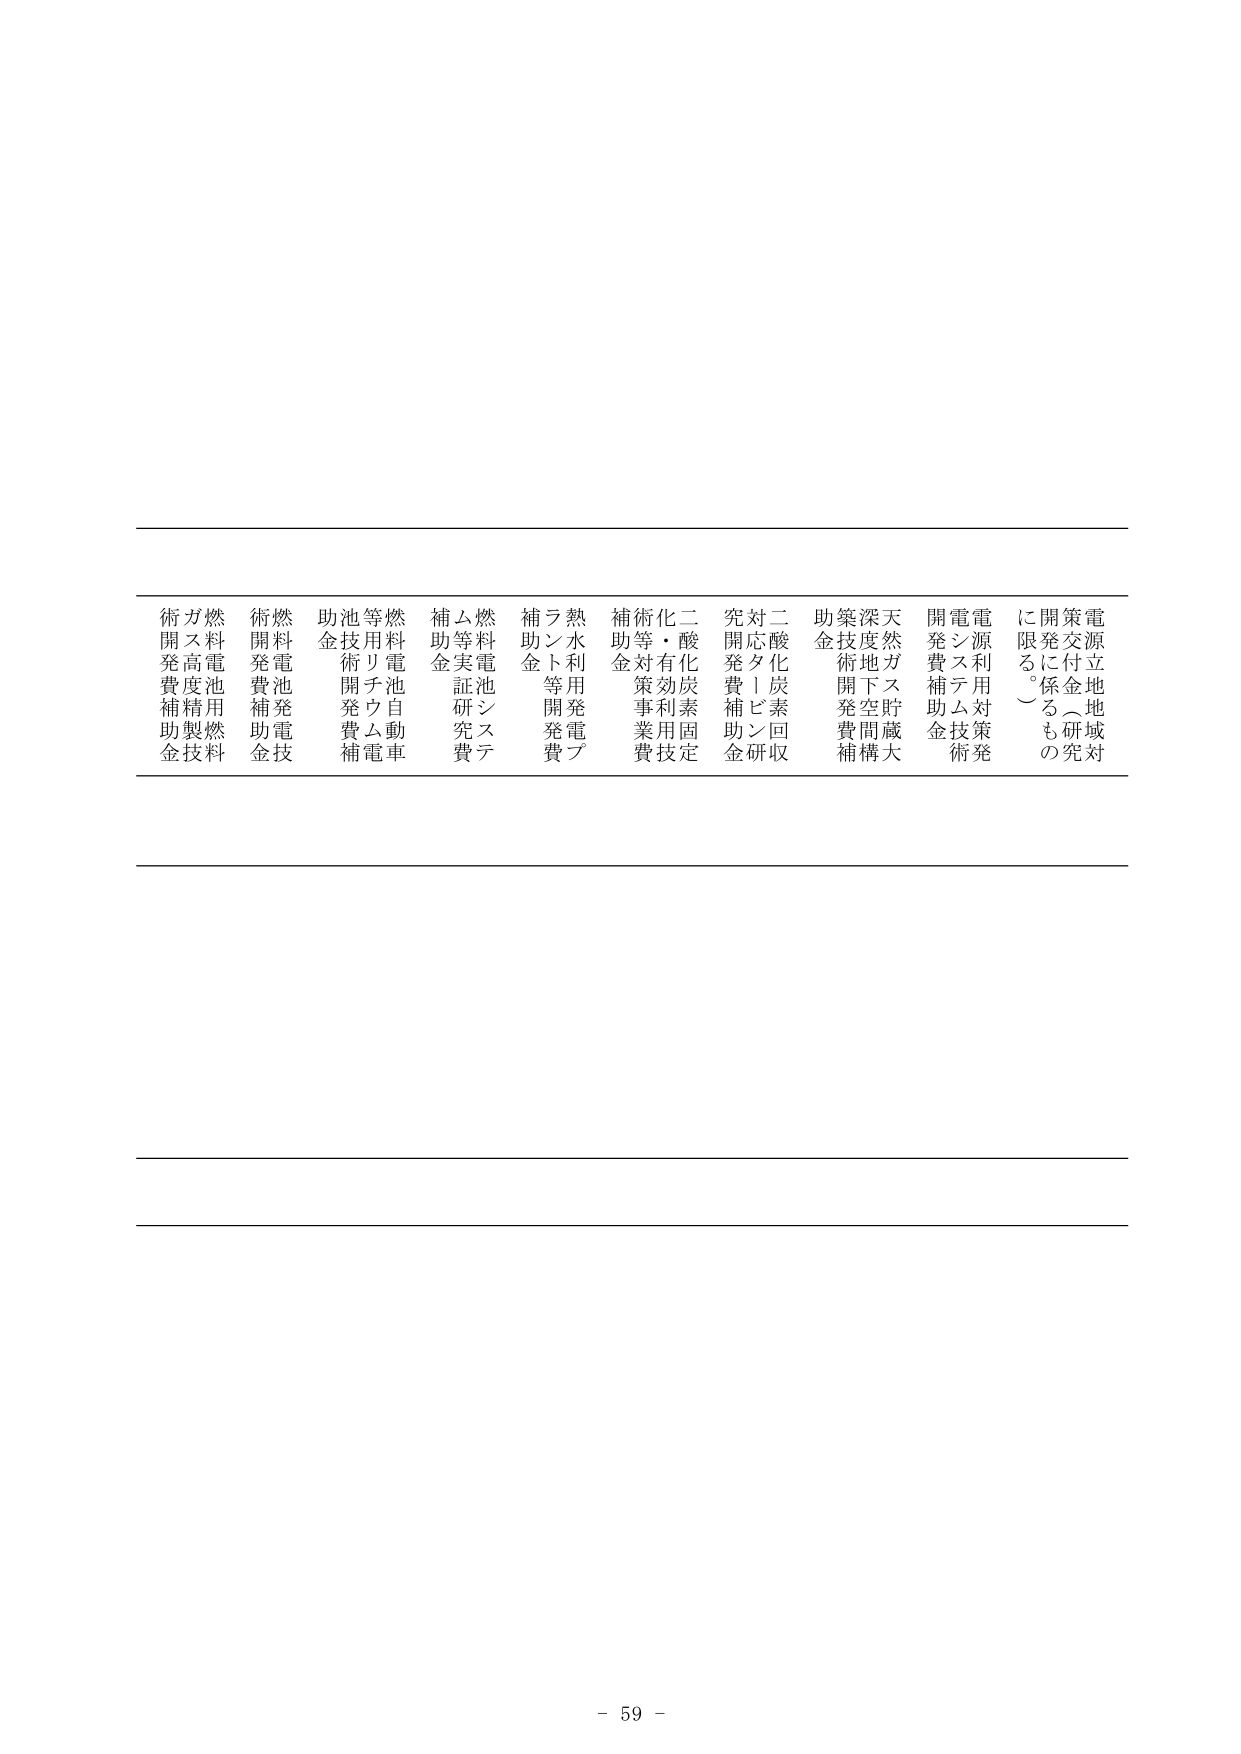
電源立地対策
開発に係る研究
に限る（も）
電源利用対策発
電システム技術
開発費補助金
天然ガス貯蔵大
深度地下空間構
築技術開発費補
助金
二酸化炭素回収
対応！ビン研
究開発費補助金
二酸化炭素固定
化有効利用技
術・等対策事業費
補助金
熱利用発電プ
ラント等発費
補助金
燃料電池システ
ム等実証研究費
補助金
燃料電池自動車
等用リチウム電
池技術開発費補
助金
燃料電池発電技
術開発費補助金
燃料電池用燃料
ガス高度精製技
術開発費補助金
- 59 -